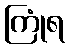
ကြုံရ